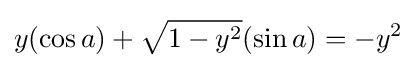
y(\cos a)+{\sqrt {1-y^{2}}}(\sin a)=-y^{2}